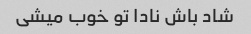
شاد باش نادا تو خوب میشی